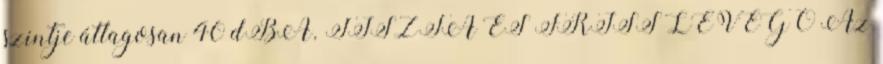
szintje átlagosan 40 dBA. TISZTA ÉS FRISS LEVEGŐ Az